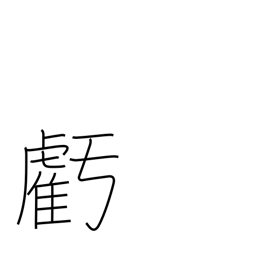
Meaning: wane (moon)